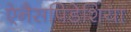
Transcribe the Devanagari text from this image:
ऐनैसपिडेशिया